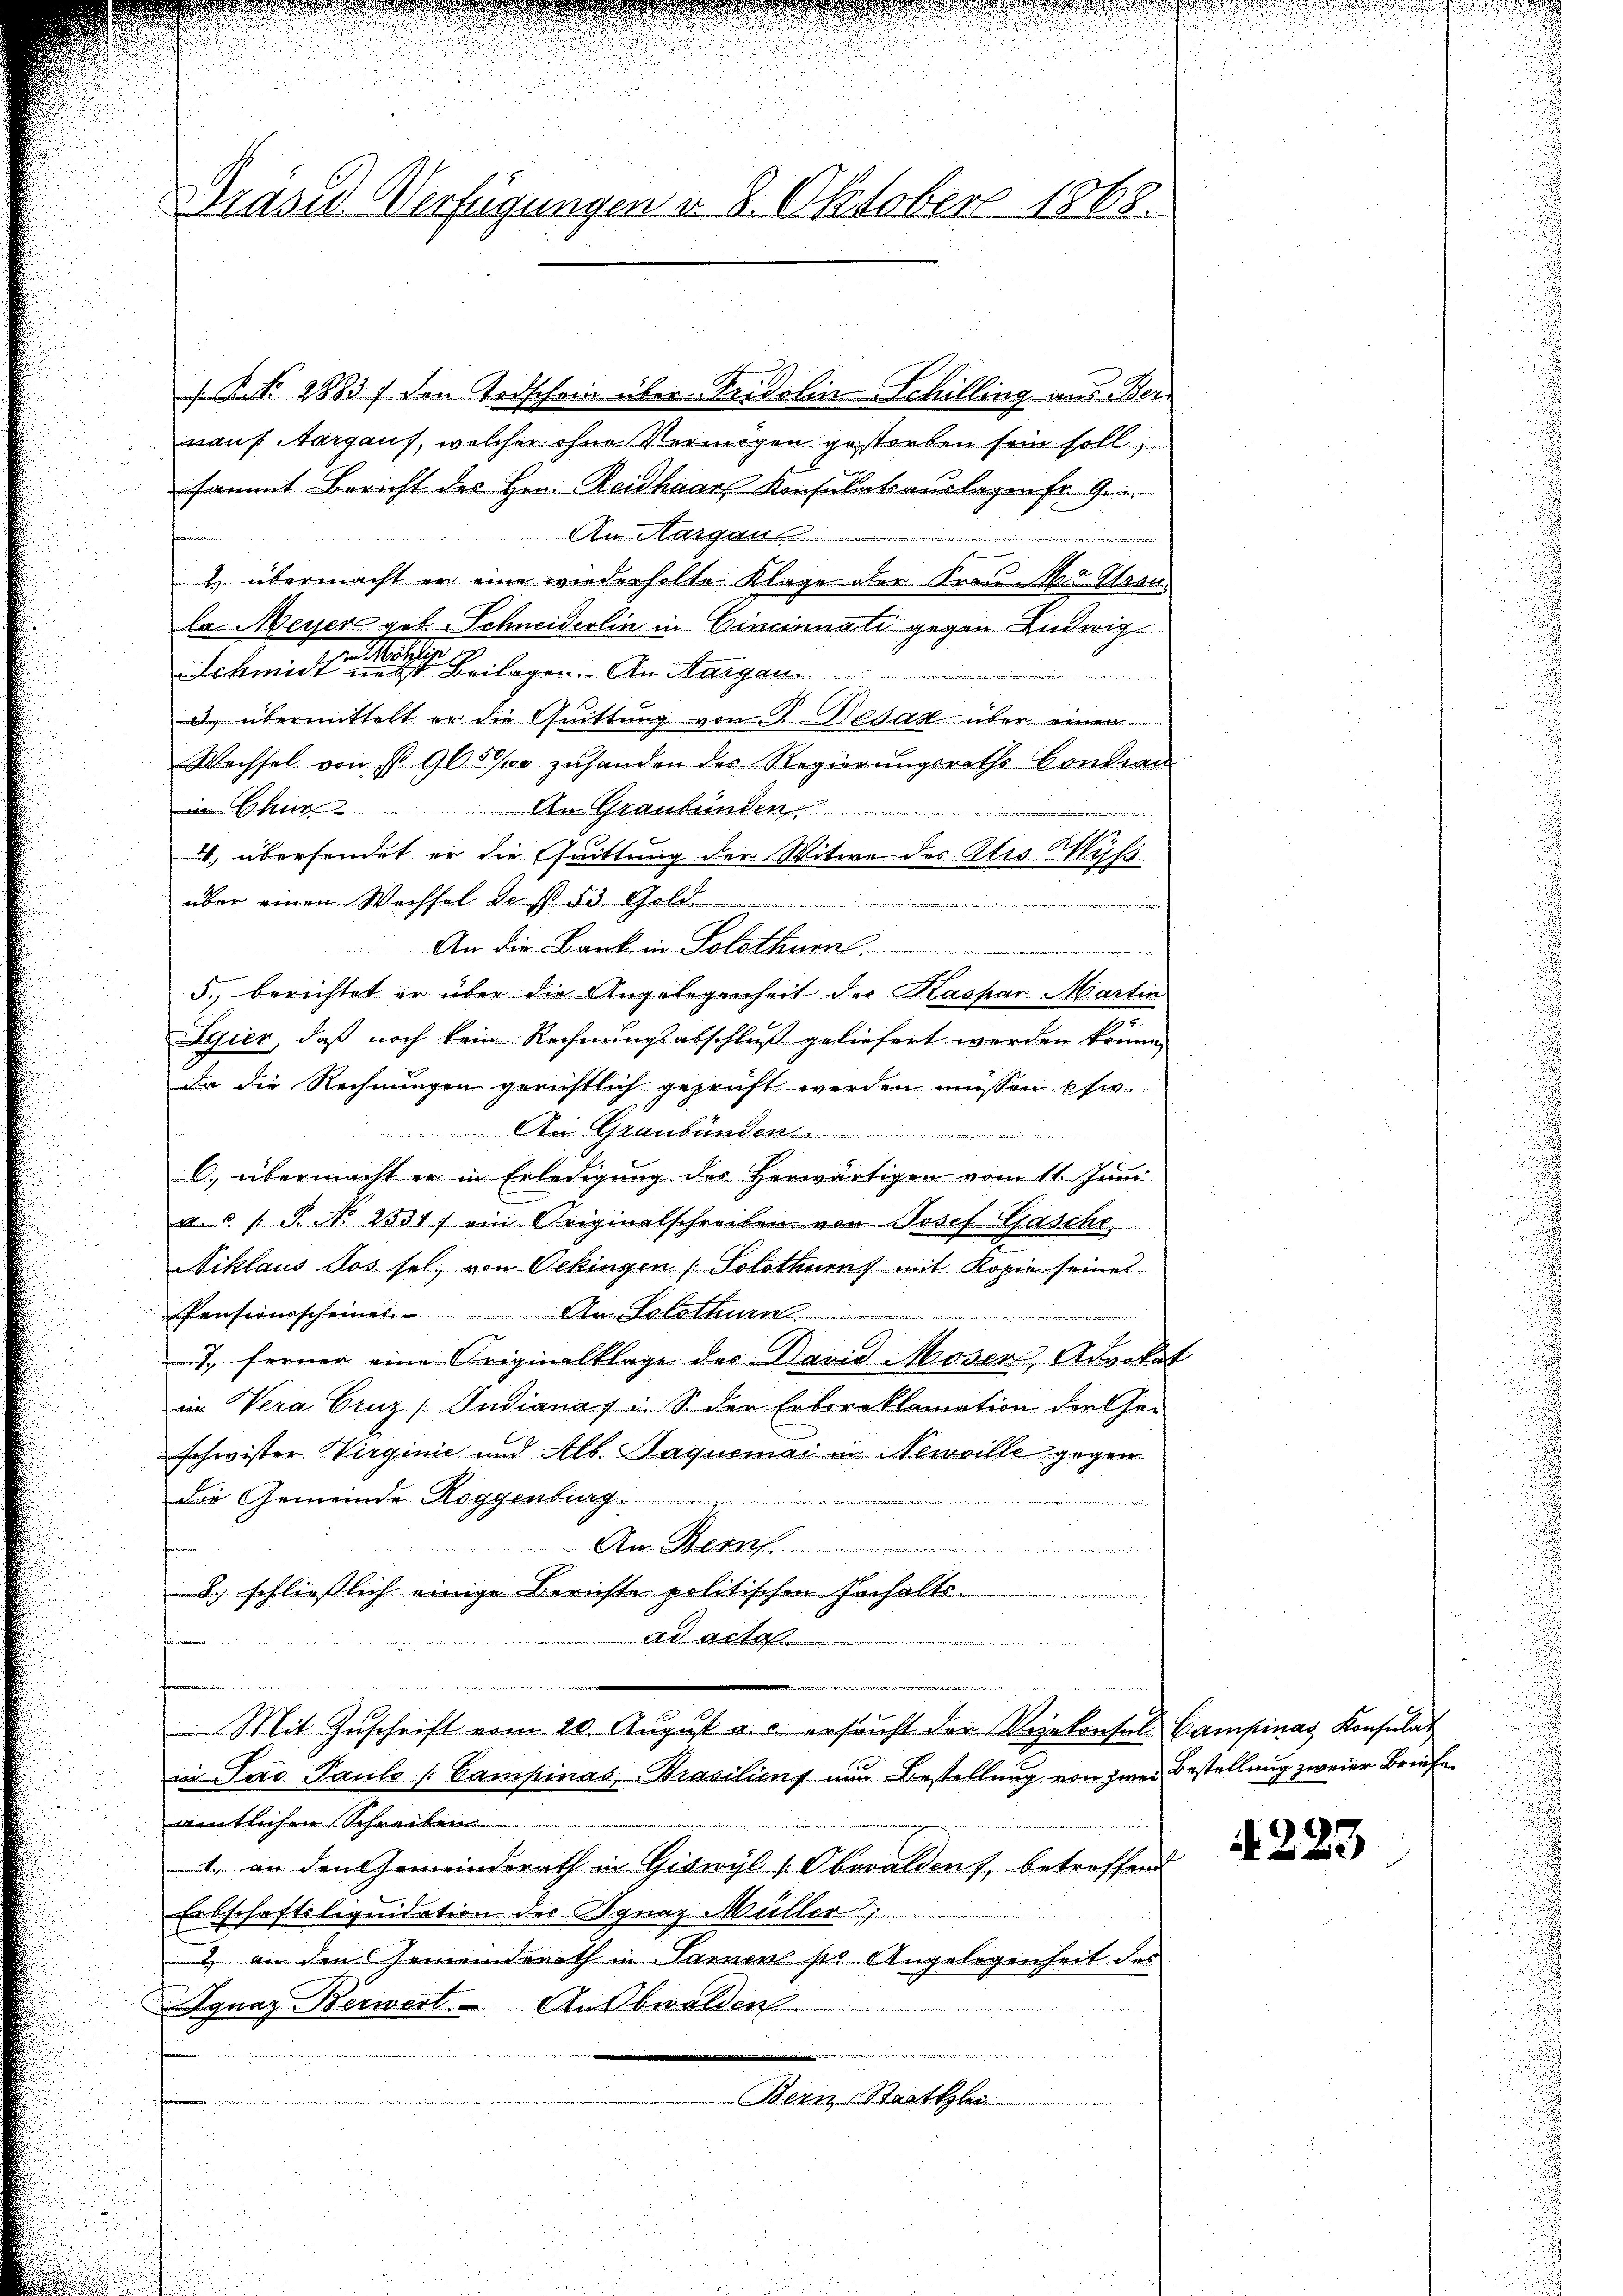
Grasid Verfügungen v. 8. Oktobers 1868.

R. 28837 den Todschein über Fridolin-Schilling aus Ber
nauf Aargauf, welcher ohne Vermögen gestorben sein soll,
sammt Bericht des Hrn. Reidhaar Konsulatsauslagen fr. Gei
An Margau
han
1 übermacht er eine wiederholte Klage der Frau der Stran
la Meyer geb. Schneiderlin in Cincinnati gegen Ludwig
Schmidt einen Beilagen. An Margau
uer
d. übermittelt er die Quittung von P. Besak über einen
Wachsel von § 96. 500 zuhanden des Regierungsraths Condin
in Chur. An Graubünden
e
4. übersendet er die Quittung der Witwe des Altis Wiss
über einen Wechsel de s. 53 Gold
F
An die Bank in Solothurn
e
5., berichtet er über die Angelegenheit der Kaspar Martin
Egier, daß noch kein Rechnungsabschluß geliefert werden könne,
Da die Rechnungen gerichtlich geprüft werden müssen etw
 ten Graubünden ................

C) übermacht er in Erledigung des Herwärtigen vom 11. Juni
a.c. s. S. N. 2531) ein Originalschreiben von Josef Gasche
Niklaus Jos sel. von Oekingen (Solothurn mit Kopie seines
Pensionsscheines Andelt
7., ferner eine Originalklage des David Moser, Advokat
in Vera Cruz [Judiana u. S. der Erbereklamation der Ge-
schwister Virginie und Alb. Naquemai in Neuville gegen
Die Gemeinde Roggenburg
ne
An Bern

8.) schließlich einige Berichte politischen Inhalte
Ad Acten
e

e
aifen wie die und de

Mit Zŭschrift vom 20. Aŭgŭst a. c. ersucht der Vizekonsul-Campinas Konsulat
in Jaro Pauls / Campinas-Brasiliens nur Bestellung von zwei Bestellung zweier Briefe
amtlichen Schreiben
1. an den Gemeinderath in Giswyl (Obwalden, betreffend
Erbschaftsliquidation der Agnaz Müller
 an den Gemeinderath in Sarnen pr. Angelegenheit des
Ignaz Berwert Ausbwalden

Bern, Staattlei

N 223